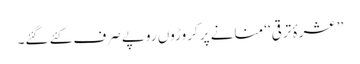
’’عشرۂ ترقی‘‘ منانے پر کروڑوں روپے صرف کئے گئے۔